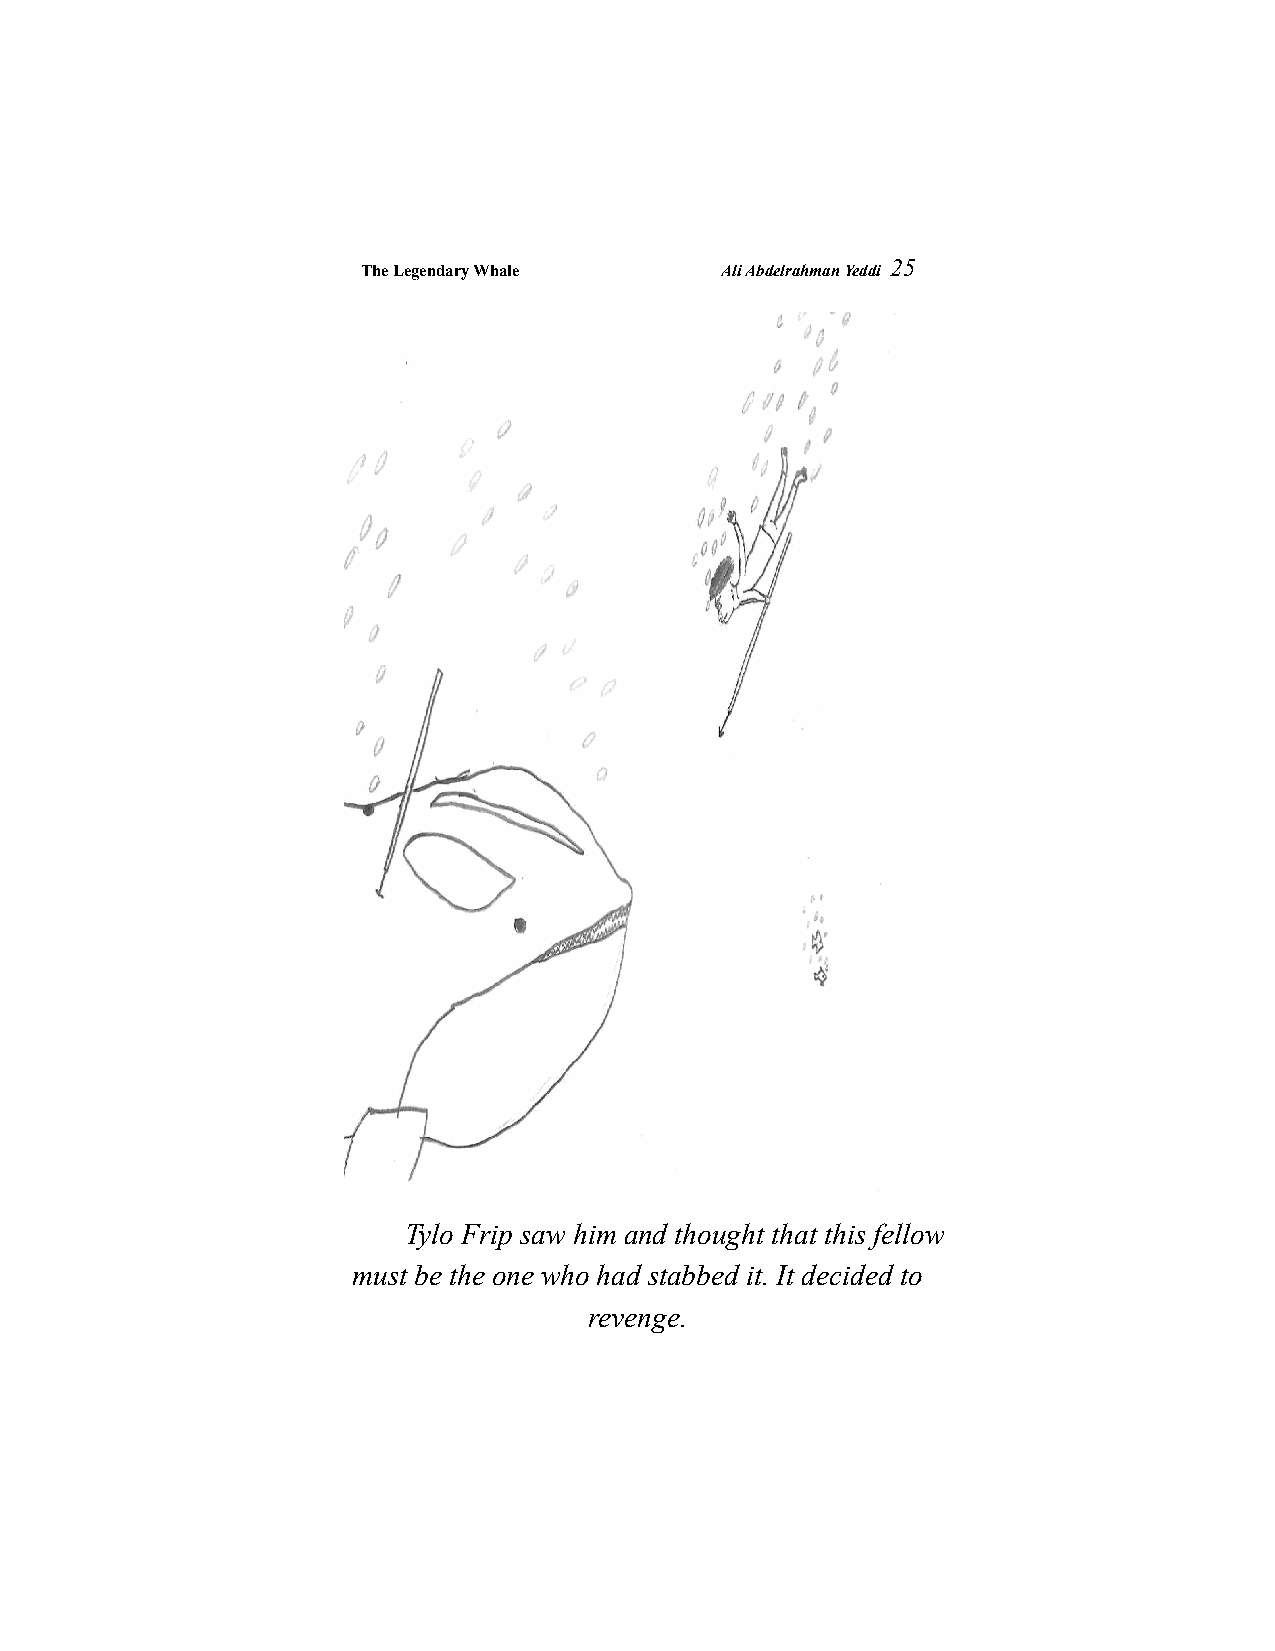
The Legendary Whale     Ali Abdelrahman Yeddi
 25
 Tylo Frip saw him and thought that this fellow
 must be the one who had stabbed it. It decided to
 revenge.